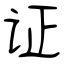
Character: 证